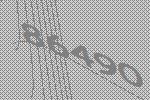
86490